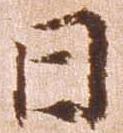
日